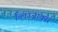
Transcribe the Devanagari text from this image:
ब्लिज्ज़ाक्स